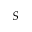
S